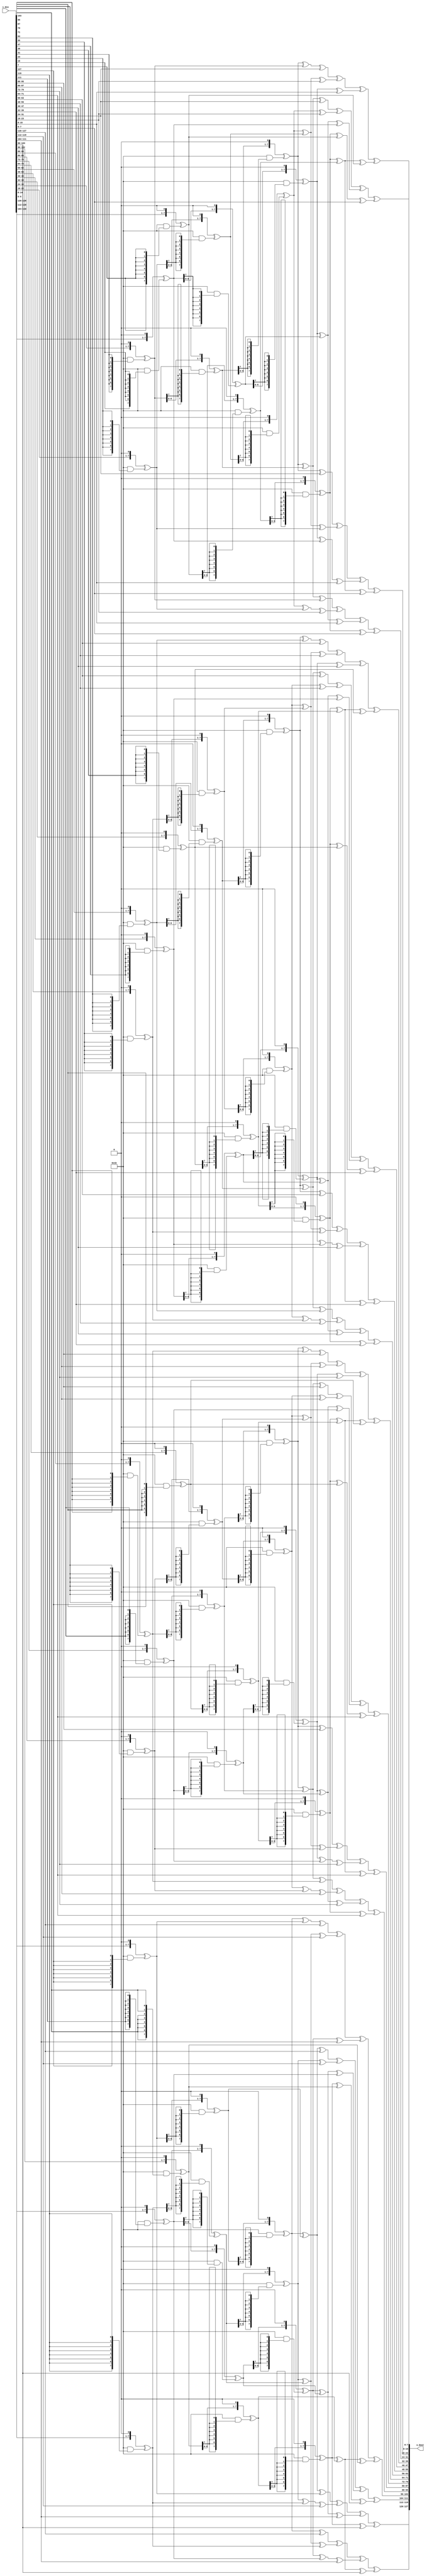
/*-----------------------------------------------------------------------
				mix columns transformation
-----------------------------------------------------------------------*/
module Mix_Columns_Dec
	(
	input [127:0] i_Din, // Data input to be transformed
	output[127:0] o_Dout
	);
//-------------instantiation---------------	
assign o_Dout[127:096]= Map_One_Col(i_Din[127:096]);
assign o_Dout[095:064]= Map_One_Col(i_Din[095:064]);
assign o_Dout[063:032]= Map_One_Col(i_Din[063:032]);
assign o_Dout[031:000]= Map_One_Col(i_Din[031:000]);

/*-----------------------------------------------------------------------
			Function: one column mapping for MixColumns
-----------------------------------------------------------------------*/
function [31:0] Map_One_Col(input [31:0] i_Din);

reg [7:0] S0xe, S1xe, S2xe, S3xe;// intermediate Poly mult results
reg [7:0] S0x9, S1x9, S2x9, S3x9;
reg [7:0] S0xd, S1xd, S2xd, S3xd;// intermediate Poly mult results
reg [7:0] S0xb, S1xb, S2xb, S3xb;

	begin
		S0xe=Poly_Mult_xe(i_Din[31:24]);   // X2
		S1xe=Poly_Mult_xe(i_Din[23:16]); 
		S2xe=Poly_Mult_xe(i_Din[15:08]); 
		S3xe=Poly_Mult_xe(i_Din[07:00]); 

		S0x9=Poly_Mult_x9(i_Din[31:24]);  //X3
		S1x9=Poly_Mult_x9(i_Din[23:16]); 
		S2x9=Poly_Mult_x9(i_Din[15:08]); 
		S3x9=Poly_Mult_x9(i_Din[07:00]); 
		
		S0xd=Poly_Mult_xd(i_Din[31:24]);   // X2
		S1xd=Poly_Mult_xd(i_Din[23:16]); 
		S2xd=Poly_Mult_xd(i_Din[15:08]); 
		S3xd=Poly_Mult_xd(i_Din[07:00]); 

		S0xb=Poly_Mult_xb(i_Din[31:24]);  //X3
		S1xb=Poly_Mult_xb(i_Din[23:16]); 
		S2xb=Poly_Mult_xb(i_Din[15:08]); 
		S3xb=Poly_Mult_xb(i_Din[07:00]); 

		Map_One_Col[31:24] = S0xe ^ S1xb ^ S2xd ^ S3x9;// Sum terms over GF(2)
		Map_One_Col[23:16] = S0x9 ^ S1xe ^ S2xb ^ S3xd;
		Map_One_Col[15:08] = S0xd ^ S1x9 ^ S2xe ^ S3xb;
		Map_One_Col[07:00] = S0xb ^ S1xd ^ S2x9 ^ S3xe;
	end
endfunction
/*-----------------------------------------------------------------------
		Function: multiplies input poly by {02} over GF(2^8) and reduces
				mod m(x) = x^8 + x^4 + x^3 + x + 1
-----------------------------------------------------------------------*/
function [7:0] Poly_Mult_x2 (input [7:0] i_Din);
	begin
		Poly_Mult_x2 = {i_Din[6:0],1'b0}^(8'h1b&{8{i_Din[7]}});
	end
endfunction
/*-----------------------------------------------------------------------
		Function: multiplies input poly by {04=02*02} over GF(2^8) and reduces
				mod m(x) = x^8 + x^4 + x^3 + x + 1
				
				(a*x^4) mod m = ((a*x^2)* x^2 ) mod m 
				              = ( (a*x^2) mod m)*(x^2 mod m) ) mod m 
							  = (Poly_Mult_x^2(a))*(x^2) ) mod m 
							  = Poly_Mult_x2( Poly_Mult_x^2(a) )
-----------------------------------------------------------------------*/
function [7:0] Poly_Mult_x4 (input [7:0] i_Din);
reg [7:0] Mult_x2;
	begin
	   Mult_x2 =  Poly_Mult_x2(i_Din);
	   Poly_Mult_x4 = Poly_Mult_x2(Mult_x2);
	end
endfunction
/*-----------------------------------------------------------------------
		Function: multiplies input poly by {08=02*04} over GF(2^8) and reduces
				mod m(x) = x^8 + x^4 + x^3 + x + 1
-----------------------------------------------------------------------*/

function [7:0] Poly_Mult_x8 (input [7:0] i_Din);
reg [7:0] Mult_x4;
	begin
		Mult_x4 = Poly_Mult_x4(i_Din);
		Poly_Mult_x8 =Poly_Mult_x2( Mult_x4 );
	end
endfunction
/*-----------------------------------------------------------------------
		Function: multiplies input poly by {0e=08+04+02} over GF(2^8) and reduces
				mod m(x) = x^8 + x^4 + x^3 + x + 1
				(a*(x^2+x^4)mod m = ( (a*x^2) mod m ) + ( (a*x^4) mod m )
							  = Poly_Mult_x2(a)	+ Poly_Mult_x4(a)		
-----------------------------------------------------------------------*/
function [7:0] Poly_Mult_xe (input [7:0] i_Din);
	begin
		Poly_Mult_xe = Poly_Mult_x8(i_Din) ^ Poly_Mult_x4(i_Din) ^ Poly_Mult_x2(i_Din);
	end
endfunction
/*-----------------------------------------------------------------------
		Function: multiplies input poly by {09=08+01} over GF(2^8) and reduces
				mod m(x) = x^8 + x^4 + x^3 + x + 1
				(a*(x^2+x^4)mod m = ( (a*x^2) mod m ) + ( (a*x^4) mod m )
							  = Poly_Mult_x2(a)	+ Poly_Mult_x4(a)		
-----------------------------------------------------------------------*/
function [7:0] Poly_Mult_x9 (input [7:0] i_Din);
	begin
		Poly_Mult_x9 =  Poly_Mult_x8(i_Din) ^ i_Din;
	end
endfunction
/*-----------------------------------------------------------------------
		Function: multiplies input poly by {0d=08+04+01} over GF(2^8) and reduces
				mod m(x) = x^8 + x^4 + x^3 + x + 1
				(a*(x^2+x^4)mod m = ( (a*x^2) mod m ) + ( (a*x^4) mod m )
							  = Poly_Mult_x2(a)	+ Poly_Mult_x4(a)		
-----------------------------------------------------------------------*/
function [7:0] Poly_Mult_xd (input [7:0] i_Din);
	begin
		Poly_Mult_xd =  Poly_Mult_x8(i_Din) ^ Poly_Mult_x4(i_Din) ^ i_Din;
	end
endfunction

/*-----------------------------------------------------------------------
		Function: multiplies input poly by {0b=08+02+01} over GF(2^8) and reduces
				mod m(x) = x^8 + x^4 + x^3 + x + 1
				(a*(x^2+x^4)mod m = ( (a*x^2) mod m ) + ( (a*x^4) mod m )
							  = Poly_Mult_x2(a)	+ Poly_Mult_x4(a)		
-----------------------------------------------------------------------*/
function [7:0] Poly_Mult_xb (input [7:0] i_Din);
	begin
		Poly_Mult_xb =  Poly_Mult_x8(i_Din) ^ Poly_Mult_x2(i_Din) ^ i_Din;
	end
endfunction

endmodule